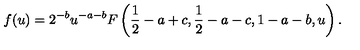
f ( u ) = 2 ^ { - b } u ^ { - a - b } F \left( { \frac { 1 } { 2 } } - a + c , { \frac { 1 } { 2 } } - a - c , 1 - a - b , u \right) .